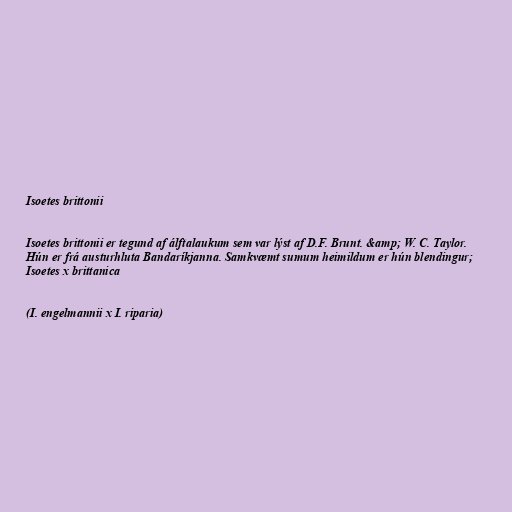
Isoetes brittonii

Isoetes brittonii er tegund af álftalaukum sem var lýst af D.F. Brunt. &amp; W. C. Taylor.
Hún er frá austurhluta Bandaríkjanna. Samkvæmt sumum heimildum er hún blendingur;
Isoetes x brittanica

(I. engelmannii x I. riparia)